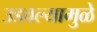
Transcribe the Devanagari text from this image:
उडवल्यामुळे